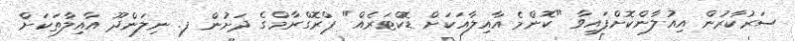
ސަރުކާރުން އިއުލާންކޮށްފައިވާ "ކޮންމެ އާއިލާއަކަށް ޑޮކްޓަރެއް" ޕްރޮގްރާމްގެ ދަށުން ފ. ނިލަންދޫ އާއިލާތަކަށް